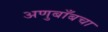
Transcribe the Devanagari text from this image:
अणुबाँबचा